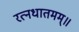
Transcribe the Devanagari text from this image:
रत्नधातमम्॥